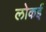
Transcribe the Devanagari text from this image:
लोकई